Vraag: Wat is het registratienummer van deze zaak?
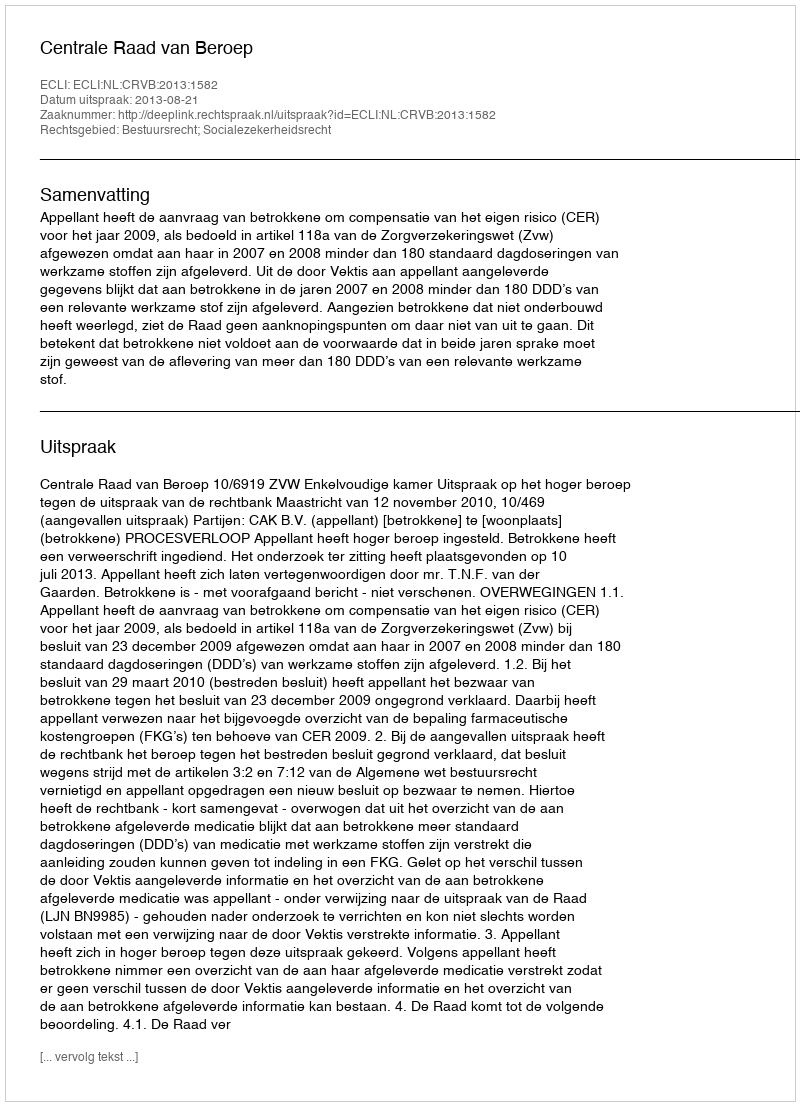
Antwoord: http://deeplink.rechtspraak.nl/uitspraak?id=ECLI:NL:CRVB:2013:1582